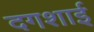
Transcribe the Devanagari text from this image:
दगशाई